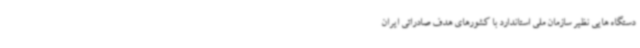
دستگاه هایی نظیر سازمان ملی استاندارد با کشورهای هدف صادراتی ایران